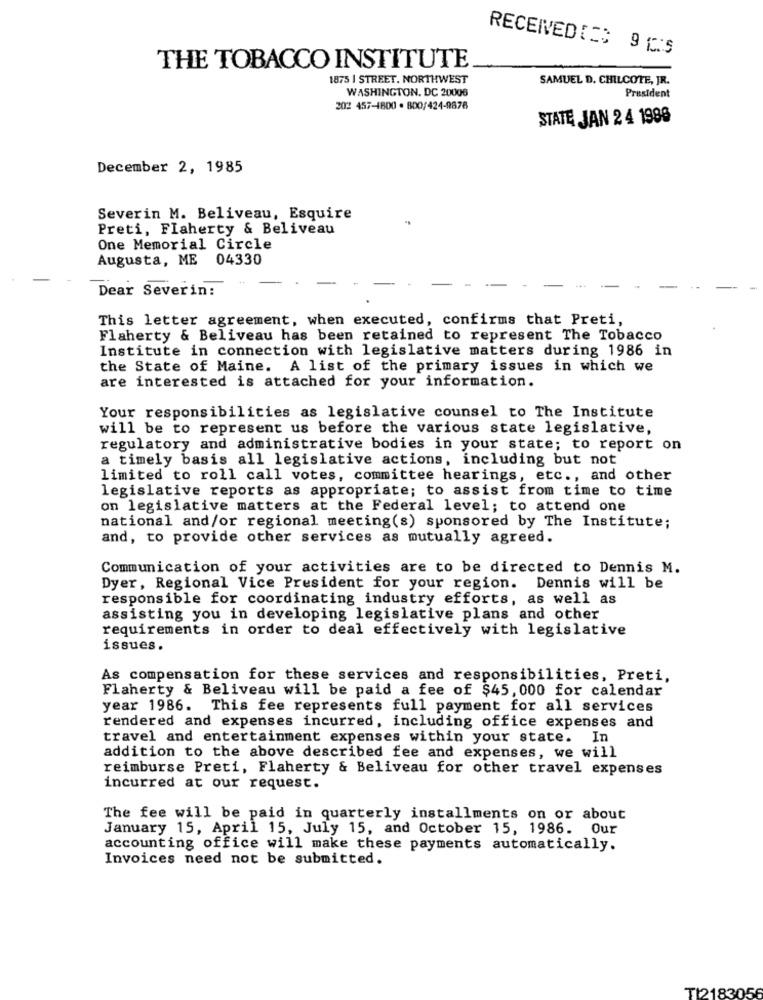
RECEIVEDITS 9 CS
THE TOBACCO INSTITUTE
1875 | STREET. NORTHWEST
SAMUEL D. CHILCOTE, JR.
WASHINGTON, DC 20006
President
202 457-1800 . 800/424-9876
STATE JAN 24 1996
December 2, 1985
Severin M. Beliveau, Esquire
Preti, Flaherty & Beliveau
One Memorial Circle
Augusta, ME 04330
Dear Severin:
This letter agreement, when executed, confirms that Preti,
Flaherty & Beliveau has been retained to represent The Tobacco
Institute in connection with legislative matters during 1986 in
the State of Maine. A list of the primary issues in which we
are interested is attached for your information.
Your responsibilities as legislative counsel to The Institute
will be to represent us before the various state legislative,
regulatory and administrative bodies in your state; to report on
a timely basis all legislative actions, including but not
limited to roll call votes, committee hearings, etc ., and other
legislative reports as appropriate; to assist from time to time
on legislative matters at the Federal level; to attend one
national and/or regional meeting(s) sponsored by The Institute;
and, to provide other services as mutually agreed.
Communication of your activities are to be directed to Dennis M.
Dyer, Regional Vice President for your region. Dennis will be
responsible for coordinating industry efforts, as well as
assisting you in developing legislative plans and other
requirements in order to deal effectively with legislative
issues.
As compensation for these services and responsibilities, Preti,
Flaherty & Beliveau will be paid a fee of $45, 000 for calendar
year 1986. This fee represents full payment for all services
rendered and expenses incurred, including office expenses and
travel and entertainment expenses within your state. In
addition to the above described fee and expenses, we will
reimburse Preti, Flaherty & Beliveau for other travel expenses
incurred at our request.
The fee will be paid in quarterly installments on or about
January 15, April 15, July 15, and October 15, 1986. Our
accounting office will make these payments automatically.
Invoices need not be submitted.
T12183056